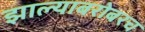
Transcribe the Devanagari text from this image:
झाल्याबरोबरच